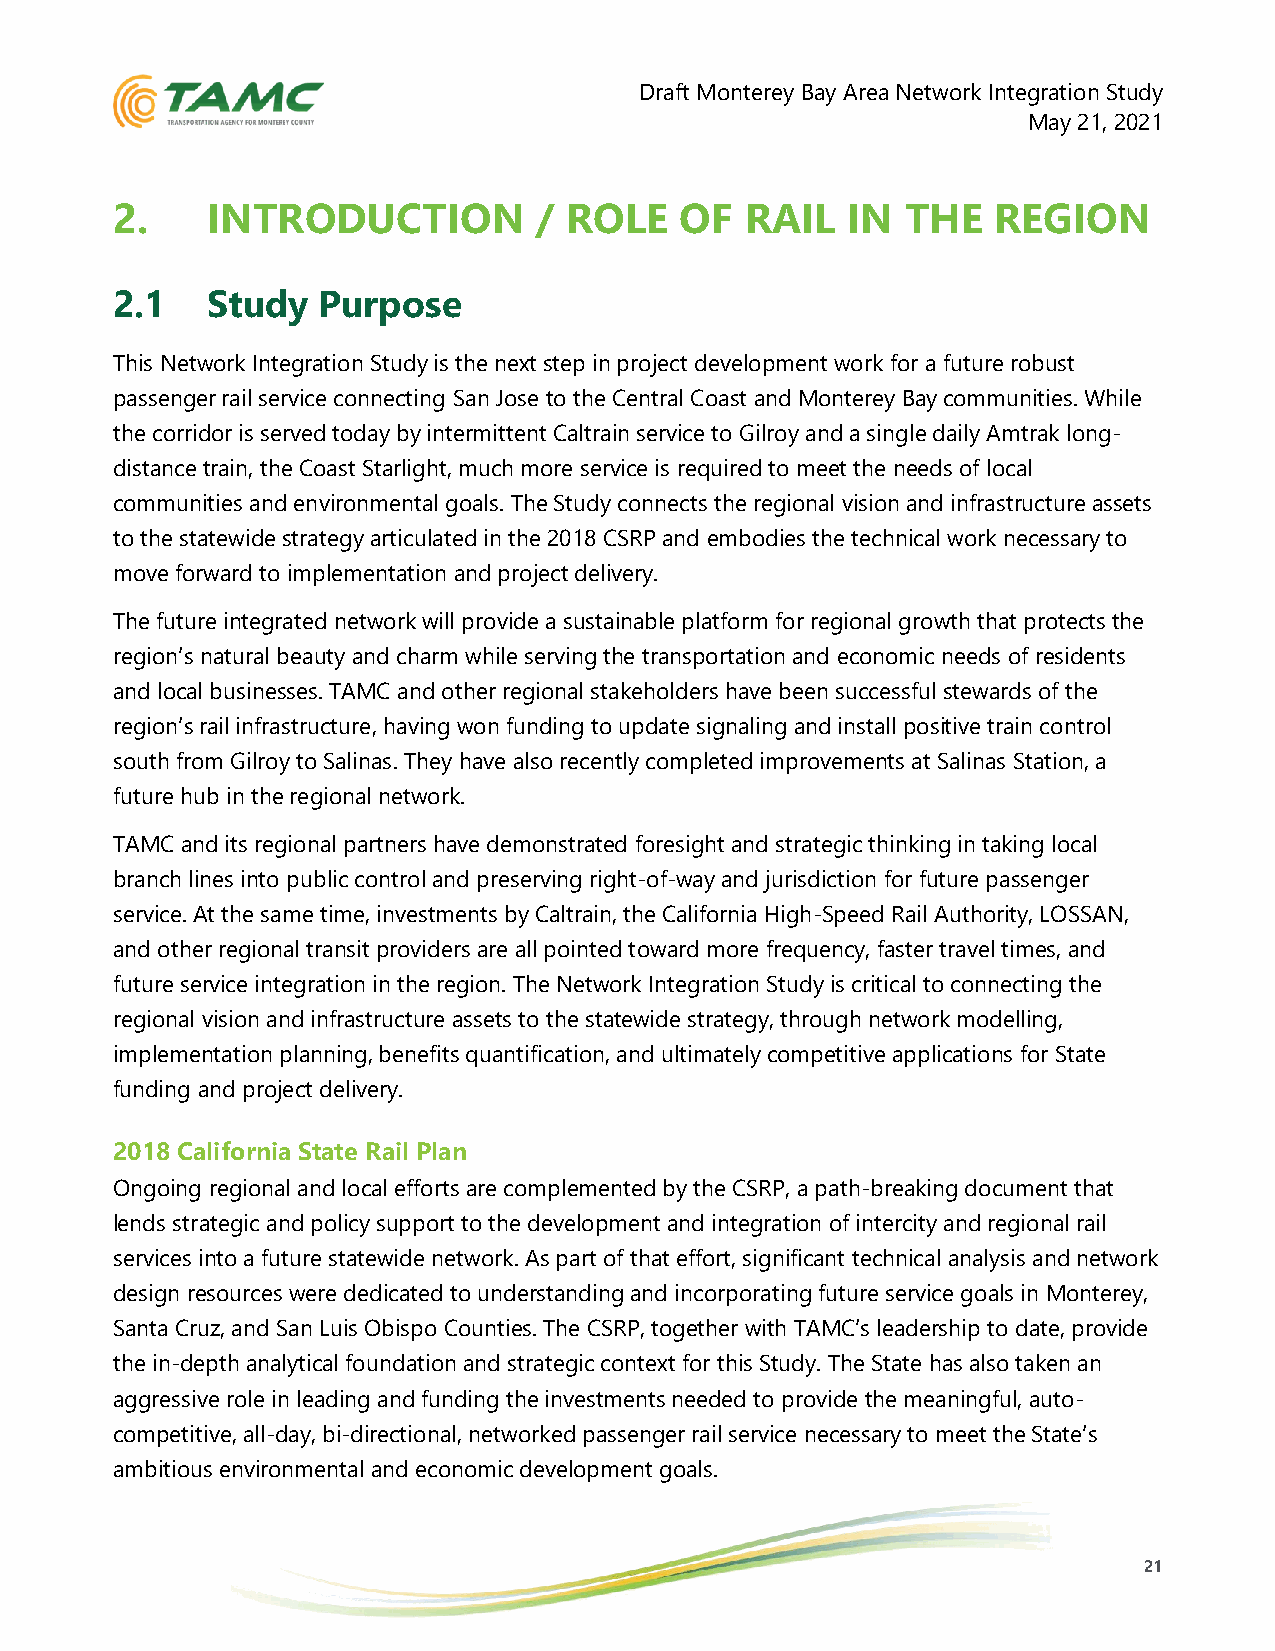
Draft Monterey Bay Area Network Integration Study
 May 21, 2021
 2.     INTRODUCTION          / ROLE   OF  RAIL   IN  THE   REGION
 2.1    Study  Purpose
 This Network Integration Study is the next step in project development work for a future robust
 passenger rail service connecting San Jose to the Central Coast and Monterey Bay communities. While
 the corridor is served today by intermittent Caltrain service to Gilroy and a single daily Amtrak long-
 distance train, the Coast Starlight, much more service is required to meet the needs of local
 communities and environmental goals. The Study connects the regional vision and infrastructure assets
 to the statewide strategy articulated in the 2018 CSRP and embodies the technical work necessary to
 move forward to implementation and project delivery.
 The future integrated network will provide a sustainable platform for regional growth that protects the
 region’s natural beauty and charm while serving the transportation and economic needs of residents
 and local businesses. TAMC and other regional stakeholders have been successful stewards of the
 region’s rail infrastructure, having won funding to update signaling and install positive train control
 south from Gilroy to Salinas. They have also recently completed improvements at Salinas Station, a
 future hub in the regional network.
 TAMC and its regional partners have demonstrated foresight and strategic thinking in taking local
 branch lines into public control and preserving right-of-way and jurisdiction for future passenger
 service. At the same time, investments by Caltrain, the California High-Speed Rail Authority, LOSSAN,
 and other regional transit providers are all pointed toward more frequency, faster travel times, and
 future service integration in the region. The Network Integration Study is critical to connecting the
 regional vision and infrastructure assets to the statewide strategy, through network modelling,
 implementation planning, benefits quantification, and ultimately competitive applications for State
 funding and project delivery.
 2018 California State Rail Plan
 Ongoing regional and local efforts are complemented by the CSRP, a path-breaking document that
 lends strategic and policy support to the development and integration of intercity and regional rail
 services into a future statewide network. As part of that effort, significant technical analysis and network
 design resources were dedicated to understanding and incorporating future service goals in Monterey,
 Santa Cruz, and San Luis Obispo Counties. The CSRP, together with TAMC’s leadership to date, provide
 the in-depth analytical foundation and strategic context for this Study. The State has also taken an
 aggressive role in leading and funding the investments needed to provide the meaningful, auto-
 competitive, all-day, bi-directional, networked passenger rail service necessary to meet the State’s
 ambitious environmental and economic development goals.
 21